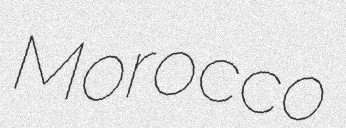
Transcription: Morocco